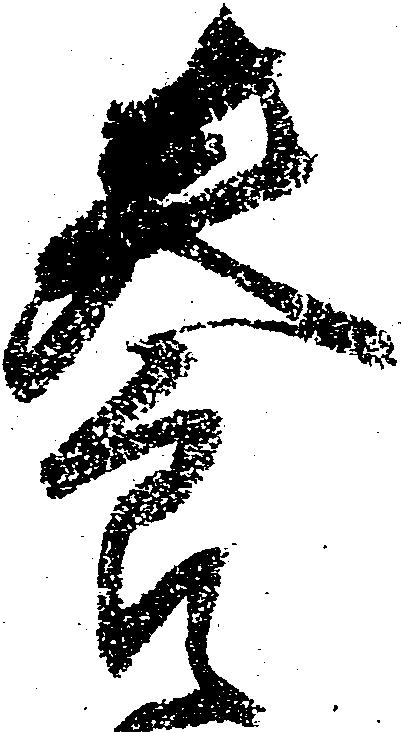
養